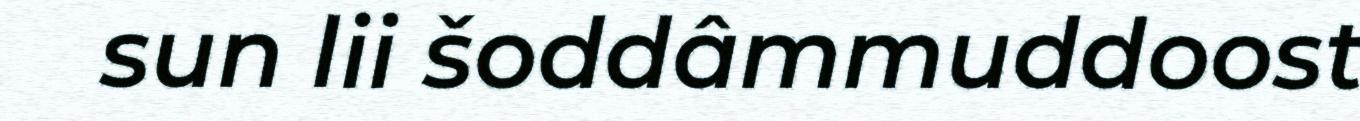
sun lii šoddâmmuddoost